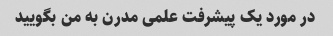
در مورد یک پیشرفت علمی مدرن به من بگویید